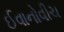
ઈવાનોવીચ